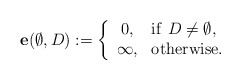
\begin{align*} \mathbf{e}(\emptyset, D):=\left\{\begin{array}{cl} 0, & {\rm if} \ D\not=\emptyset,\\\infty, & {\rm otherwise}.\end{array}\right.\end{align*}